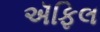
ઍફિલ